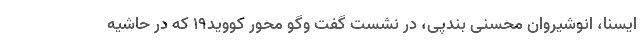
ایسنا، انوشیروان محسنی بندپی، در نشست گفت وگو محور کووید۱۹ که در حاشیه